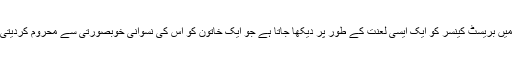
باالخصوص کم ترقی یافتہ علاقوں میں بریسٹ کینسر کو ایک ایسی لعنت کے طور پر دیکھا جاتا ہے جو ایک خاتون کو اس کی نسوانی خوبصورتی سے محروم کردیتی ہے اور اس کی جان لے لیتی ہے۔